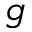
g